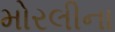
મોરલીના